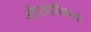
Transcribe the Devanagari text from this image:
ओपचारीकता